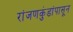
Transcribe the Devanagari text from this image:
रांजणकुंडांपासून